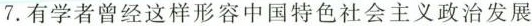
7.有学者曾经这样形容中国特色社会主义政治发展